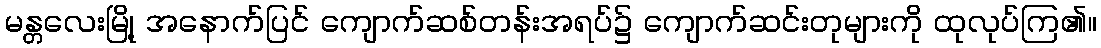
မန္တလေးမြို့ အနောက်ပြင် ကျောက်ဆစ်တန်းအရပ်၌ ကျောက်ဆင်းတုများကို ထုလုပ်ကြ၏။